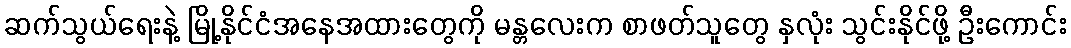
ဆက်သွယ်ရေးနဲ့ မြို့နိုင်ငံအနေအထားတွေကို မန္တလေးက စာဖတ်သူတွေ နှလုံး သွင်းနိုင်ဖို့ ဦးကောင်း